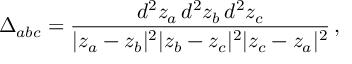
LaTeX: \Delta _ { a b c } = { \frac { d ^ { 2 } z _ { a } \, d ^ { 2 } z _ { b } \, d ^ { 2 } z _ { c } } { | z _ { a } - z _ { b } | ^ { 2 } | z _ { b } - z _ { c } | ^ { 2 } | z _ { c } - z _ { a } | ^ { 2 } } } \, ,